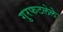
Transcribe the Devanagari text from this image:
गुरफटलेले